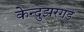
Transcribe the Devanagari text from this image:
केन्दुझरगड